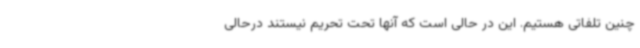
چنین تلفاتی هستیم. این در حالی است که آنها تحت تحریم نیستند درحالی